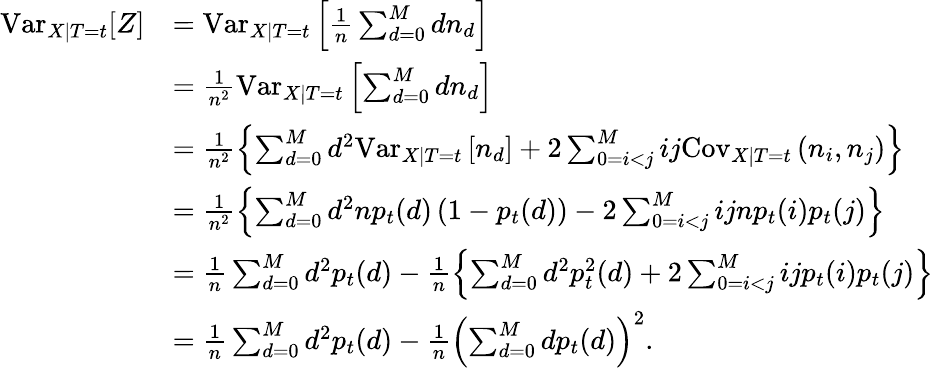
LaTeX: \begin{array}{rl}{\textrm{Var}_{X|T=t}[Z]}&{=\textrm{Var}_{X|T=t}\left[\frac{1}{n}\sum_{d=0}^{M}dn_{d}\right]}\\ &{=\frac{1}{n^{2}}\textrm{Var}_{X|T=t}\left[\sum_{d=0}^{M}dn_{d}\right]}\\ &{=\frac{1}{n^{2}}\left\{ \sum_{d=0}^{M}d^{2}\textrm{Var}_{X|T=t}\left[n_{d}\right]+2\sum_{0=i<j}^{M}ij\textrm{Cov}_{X|T=t}\left(n_{i},n_{j}\right)\right\} }\\ &{=\frac{1}{n^{2}}\left\{ \sum_{d=0}^{M}d^{2}np_{t}(d)\left(1-p_{t}(d)\right)-2\sum_{0=i<j}^{M}ijnp_{t}(i)p_{t}(j)\right\} }\\ &{=\frac{1}{n}\sum_{d=0}^{M}d^{2}p_{t}(d)-\frac{1}{n}\left\{ \sum_{d=0}^{M}d^{2}p_{t}^{2}(d)+2\sum_{0=i<j}^{M}ijp_{t}(i)p_{t}(j)\right\} }\\ &{=\frac{1}{n}\sum_{d=0}^{M}d^{2}p_{t}(d)-\frac{1}{n}\left(\sum_{d=0}^{M}dp_{t}(d)\right)^{2}.}\end{array}